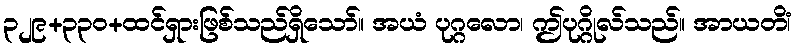
၃၂၉+၃၃၀+ထင်ရှားဖြစ်သည်ရှိသော်။ အယံ ပုဂ္ဂလော၊ ဤပုဂ္ဂိုလ်သည်။ အာယတိံ၊